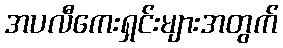
အပလီကေးရှင်းများအတွက်